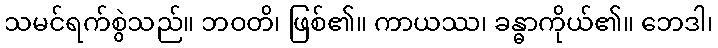
သမင်ရက်စွဲသည်။ ဘဝတိ၊ ဖြစ်၏။ ကာယဿ၊ ခန္ဓာကိုယ်၏။ ဘေဒါ၊